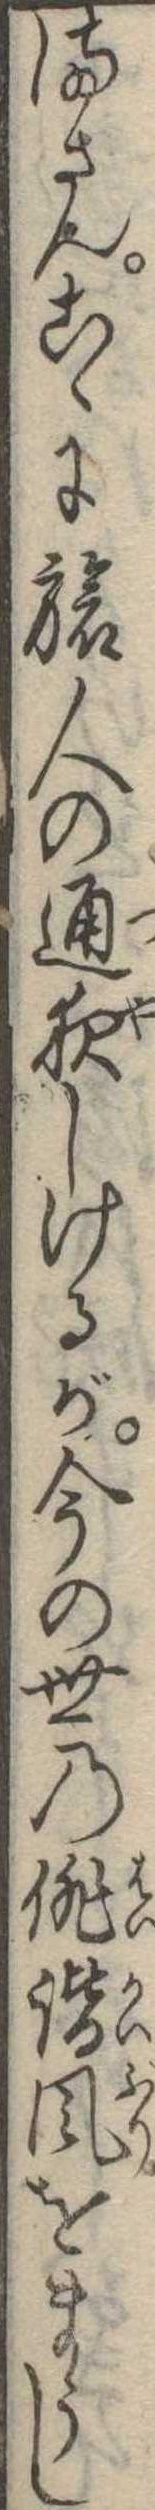
まさんこゝに旅人の通夜しけるが今の世の俳諧風をまうし